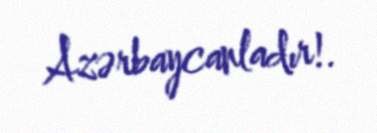
Azərbaycanladır!.